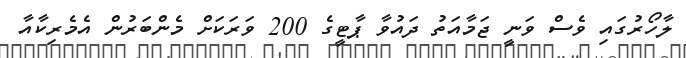
ލާހޯރުގައި ވެސް ވަނީ ޖަމާއަތު ދައުވާ ޕާޓީގެ 200 ވަރަކަށް މެންބަރުން އެމެރިކާއާ